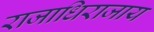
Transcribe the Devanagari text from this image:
राजाधिराजाय